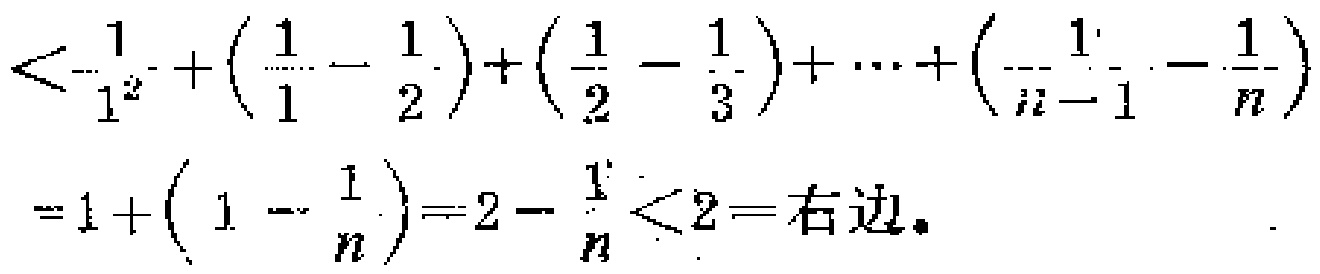
\(

\begin{align*}

&<\frac{1}{1^{2}}+\left(\frac{1}{1}-\frac{1}{2}\right)+\left(\frac{1}{2}-\frac{1}{3}\right)+\cdots+\left(\frac{1}{n - 1}-\frac{1}{n}\right)\\

&=1+\left(1-\frac{1}{n}\right)=2-\frac{1}{n}<2 = \text{右边}.

\end{align*}

\)